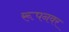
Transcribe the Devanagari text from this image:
रूपनवर